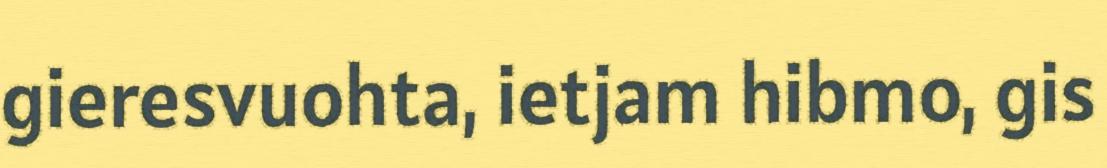
gieresvuohta, ietjam hibmo, gis